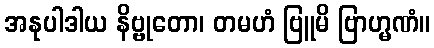
အနုပါဒါယ နိဗ္ဗုတော၊ တမဟံ ဗြူမိ ဗြာဟ္မဏံ။